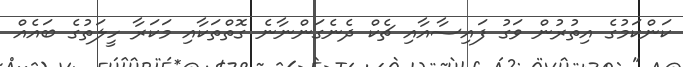
ކަންކަމުގެ އިތުރުން ވަގު ފައިސާއާއި ޗެކް ދެނެގަންނާނެ ގޮތްތަކާއި މަކަރާ ހީލަތުގެ ބައެއް